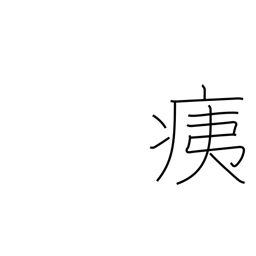
Meaning: injury